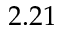
2 . 2 1